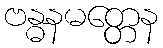
ဗန္ဓနမတ္တေန